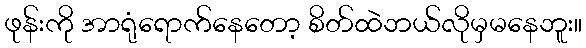
ဖုန်းကို အာရုံရောက်နေတော့ စိတ်ထဲဘယ်လိုမှမနေဘူး။